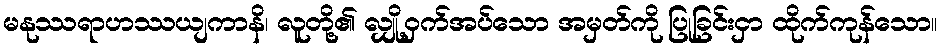
မနုဿရာဟဿယျကာနိ၊ လူတို့၏ လျှို့ဝှက်အပ်သော အမှတ်ကို ပြုခြင်းငှာ ထိုက်ကုန်သော။